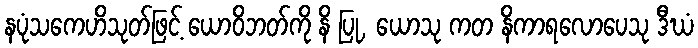
နပုံသကေဟိသုတ်ဖြင့် ယောဝိဘတ်ကို နိ ပြု, ယောသု ကတ နိကာရလောပေသု ဒီဃံ